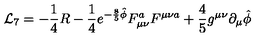
{ \cal L } _ { 7 } = - { \frac { 1 } { 4 } } R - { \frac { 1 } { 4 } } e ^ { - { \frac { 8 } { 5 } } \hat { \phi } } F _ { \mu \nu } ^ { a } F ^ { \mu \nu a } + { \frac { 4 } { 5 } } g ^ { \mu \nu } \partial _ { \mu } \hat { \phi }